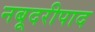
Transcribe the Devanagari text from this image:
नबूदरीपाद